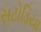
સટોડિયા